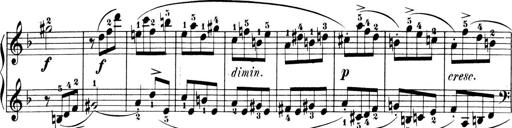
Title: 6 Piano Sonatinas
Composer: Cornelius Gurlitt